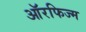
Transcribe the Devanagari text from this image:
ऑरफिज्म